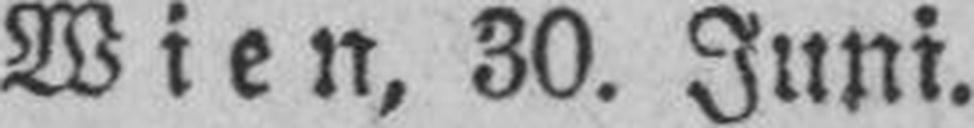
Wien, 30. Juni.